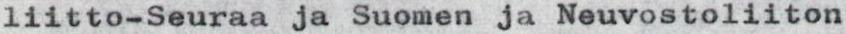
liitto-Seuraa ja Suomen ja Neuvostoliiton